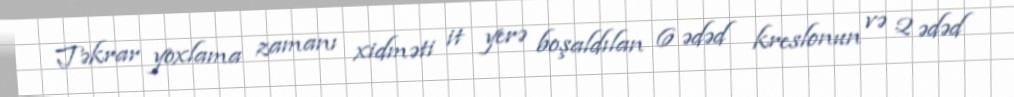
Təkrar yoxlama zamanı xidməti it yerə boşaldılan 6 ədəd kreslonun və 2 ədəd